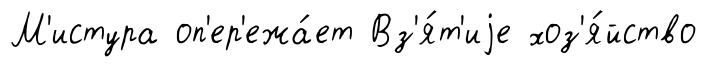
М'истура оп'ер'ежа́ет Вз'я́т'иjе хоз'я́йство